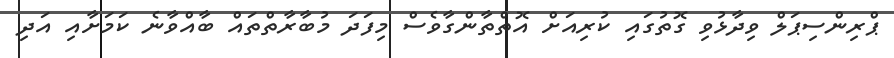
ޕްރިންސިޕަލް ވިދާޅުވި ގޮތުގައި ކުރިއަށް އޮތްތާންގާވެސް މިފަދަ މުބާރާތްތައް ބާއްވާނެ ކަމަށާއި އަދި